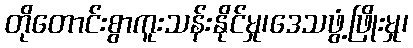
တိုတောင်းစွာကူးသန်းနိုင်မှု၊ဒေသဖွံ့ဖြိုးမှု၊